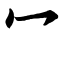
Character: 冖